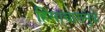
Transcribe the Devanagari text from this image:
हिंसाचारामुळे